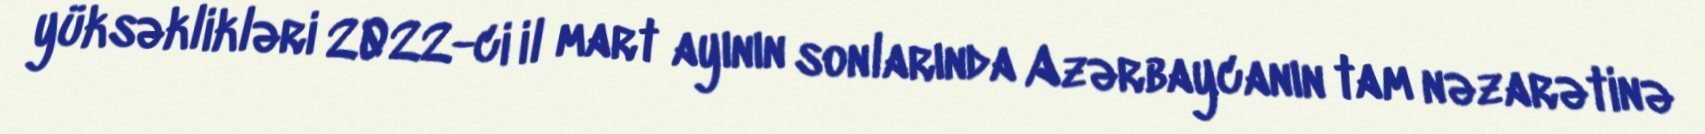
yüksəklikləri 2022-ci il mart ayının sonlarında Azərbaycanın tam nəzarətinə